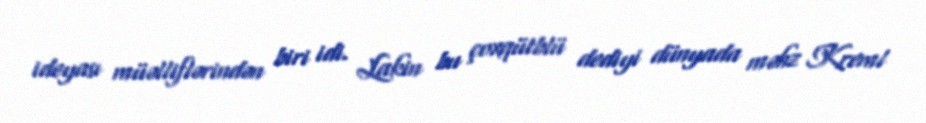
ideyası müəlliflərindən biri idi. Lakin bu çoxqütblü dediyi dünyada məhz Kreml